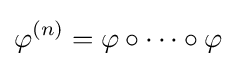
\varphi ^{(n)}=\varphi \circ \cdots \circ \varphi